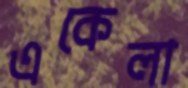
একেলা